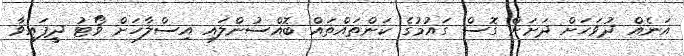
އަނެއް ދުވަހަށް ދަށަށް ގޮސް ގައުމުގެ ކަންތައްތައް ބޮއްސުންލައި އިސްލާހަށް ވޯޓު ދީފައިވާ